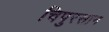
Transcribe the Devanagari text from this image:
चिपुरसान